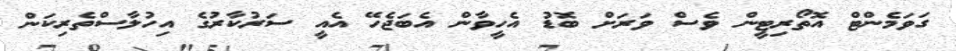
ގަވަމެންޓް އޮތޯރިޓީން ވެސް ވަރަށް ބޮޑު އެހީވާން އެބަޖެހޭ އެއީ ސަރުކާރުގެ އިހުލާސްތެރިކަން